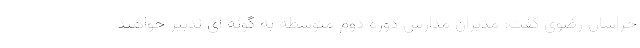
خراسان رضوی گفت: مدیران مدارس دوره دوم متوسطه به گونه ای تدبیر خواهند